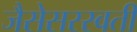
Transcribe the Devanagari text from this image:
जैसेसरस्वती